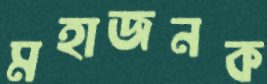
মহাজনক